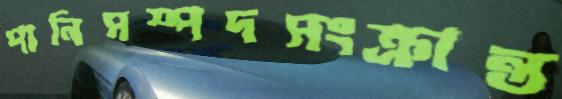
পানিসম্পদসংক্রান্ত